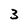
Character: 3